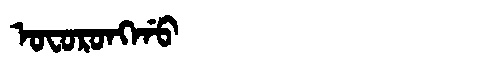
Manchu: ᠣᠸᠣᡵᠣᠩᡤᠣ
Romanization: OFORONGGO